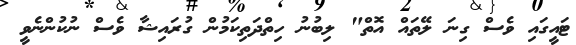
ޓައީގައި ވެސް ގިނަ ލޭތައް އޮތް" ލިބުނު ހިތްދަތިކަމުން ގުރައިޝާ ވެސް ނުކުންނެވީ